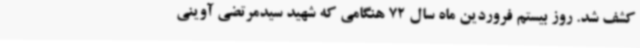
کشف شد. روز بیستم فروردین ماه سال 72 هنگامی که شهید سیدمرتضی آوینی